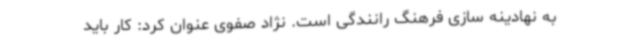
به نهادینه سازی فرهنگ رانندگی است. نژاد صفوی عنوان کرد: کار باید